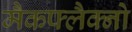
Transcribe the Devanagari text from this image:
मैकफ्लैक्नो